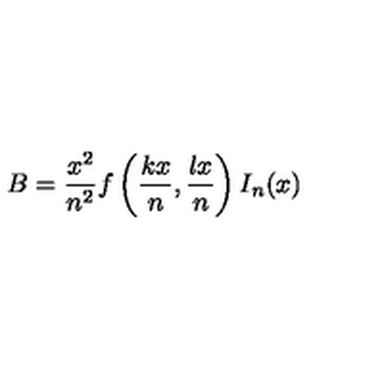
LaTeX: B = \frac { x ^ { 2 } } { n ^ { 2 } } f \left( \frac { k x } { n } , \frac { l x } { n } \right) I _ { n } ( x )